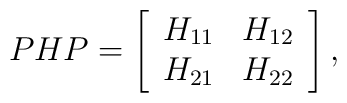
PHP=\left[\begin{array}{rr}H_{11}&H_{12}\\H_{21}&H_{22}\end{array}\right],